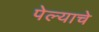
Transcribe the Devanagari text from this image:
पेल्याचे